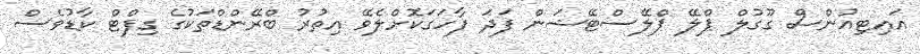
އައިޓިއުންސް ގޫގުލް ޕްލޭ ޕްލޭސްޓޭޝަން ފަދަ ފާހަގަކޮށްލެވޭ އިތުރު ބްރޭންޑްތަކުގެ ގިފްޓް ކާޑުވެސް